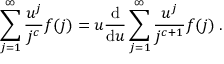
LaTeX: \sum _ { j = 1 } ^ { \infty } \frac { u ^ { j } } { j ^ { c } } f ( j ) = u \frac { \mathrm { d } } { \mathrm { d } u } \sum _ { j = 1 } ^ { \infty } \frac { u ^ { j } } { j ^ { c + 1 } } f ( j ) \; .